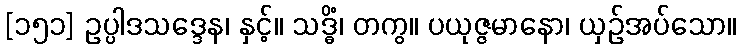
[၁၅၁] ဥပ္ပါဒသဒ္ဒေန၊ နှင့်။ သဒ္ဓိံ၊ တကွ။ ပယုဇ္ဇမာနော၊ ယှဉ်အပ်သော။